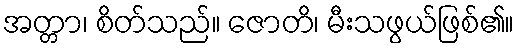
အတ္တာ၊ စိတ်သည်။ ဇောတိ၊ မီးသဖွယ်ဖြစ်၏။